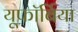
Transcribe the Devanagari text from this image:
यूफॉर्बिया